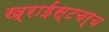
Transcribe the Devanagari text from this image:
ख्राईस्टचर्च